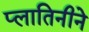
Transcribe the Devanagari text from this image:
प्लातिनीने